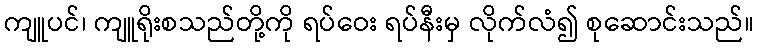
ကျူပင်၊ ကျူရိုးစသည်တို့ကို ရပ်ဝေး ရပ်နီးမှ လိုက်လံ၍ စုဆောင်းသည်။